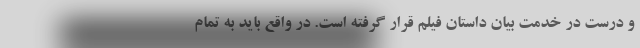
و درست در خدمت بیان داستان فیلم قرار گرفته است. در واقع باید به تمام